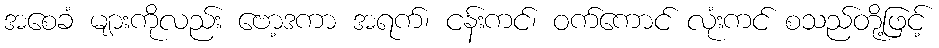
အစေခံ များကိုလည်း ဗော့ဒကာ အရက်၊ ငန်းကင်၊ ဝက်ကောင် လုံးကင် စသည်တို့ဖြင့်